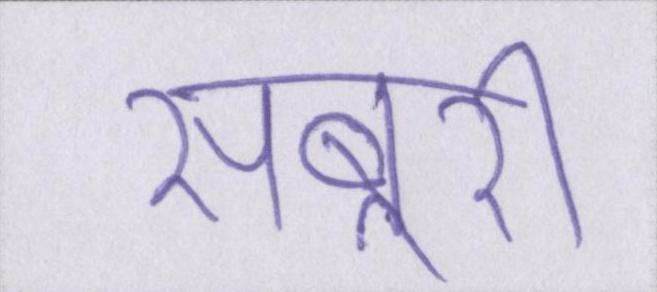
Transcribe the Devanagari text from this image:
सबूरी